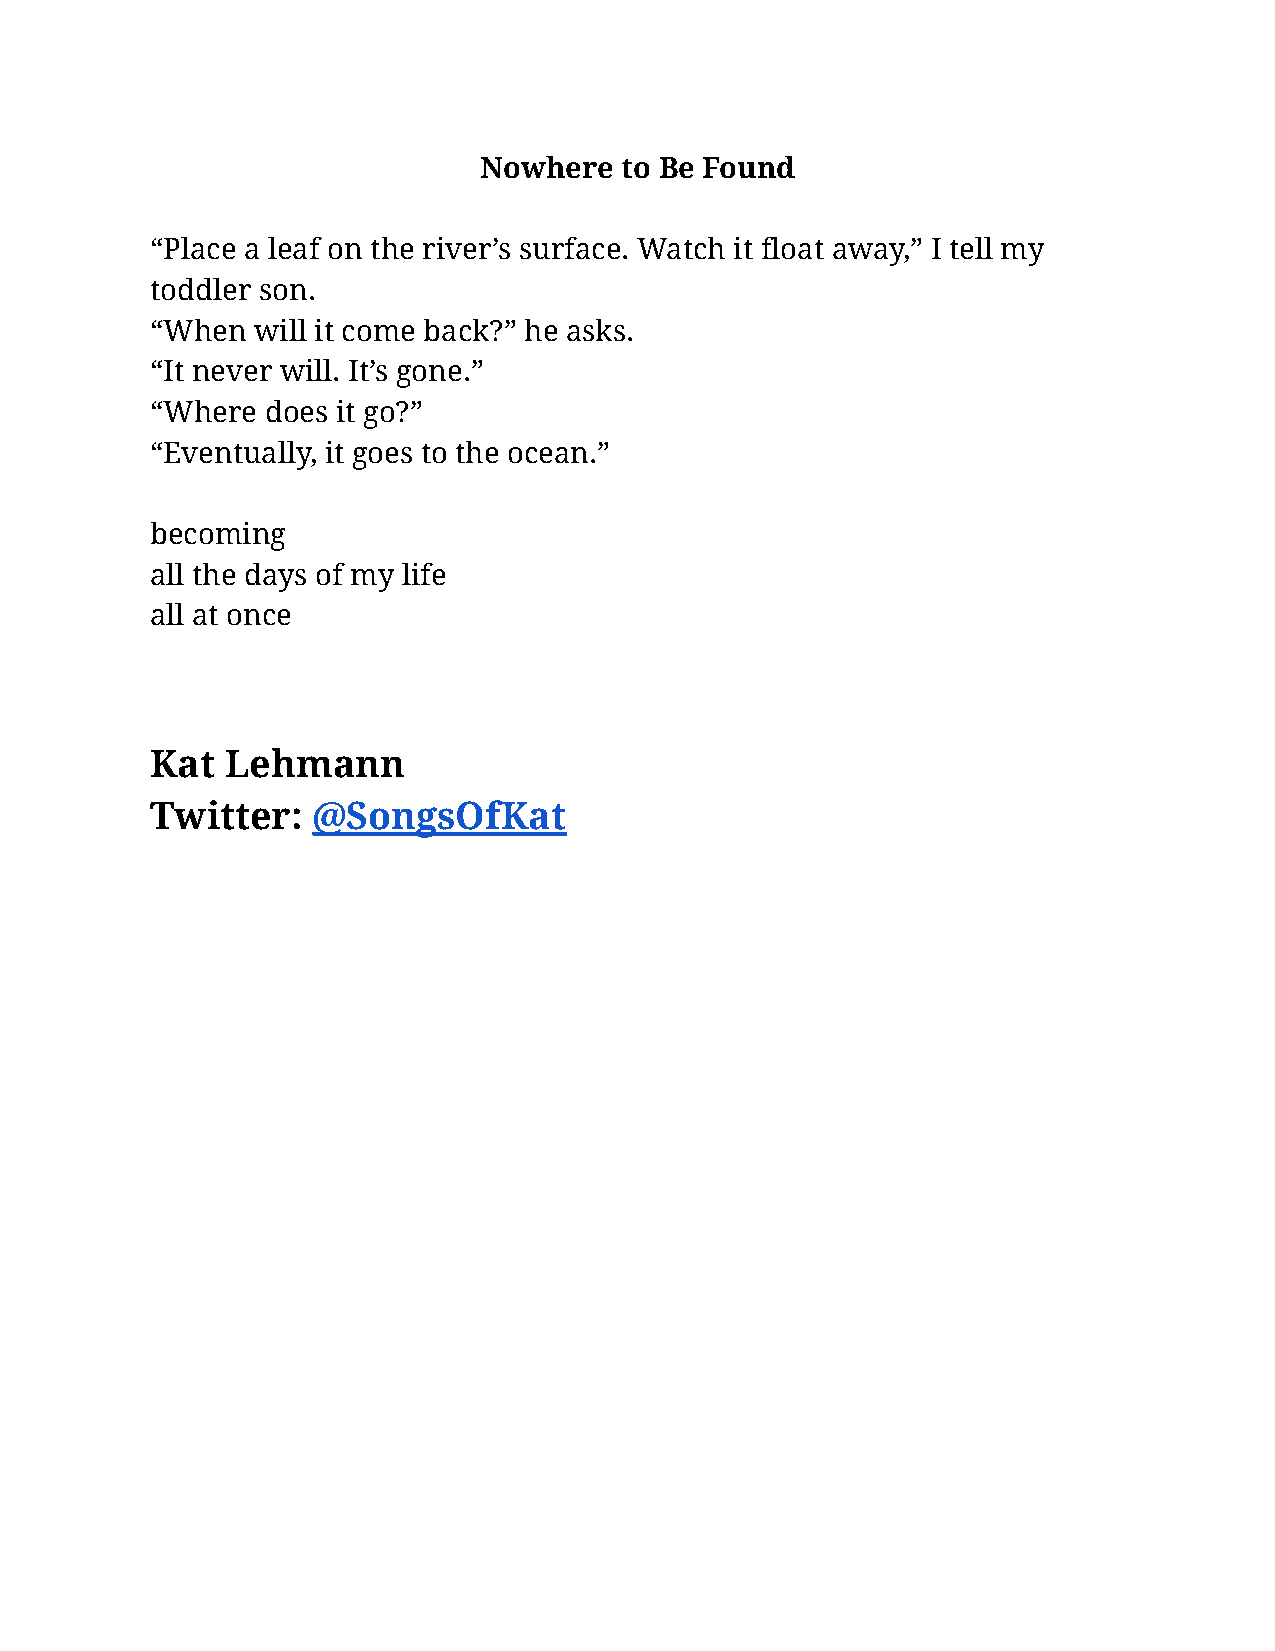
Nowhere  to Be Found
 “Place a leaf on the river’s surface. Watch it float away,” I tell my
 toddler son.
 “When  will it come back?” he asks.
 “It never will. It’s gone.”
 “Where  does it go?”
 “Eventually, it goes to the ocean.”
 becoming
 all the days of my life
 all at once
 Kat  Lehmann
 Twitter:   @SongsOfKat